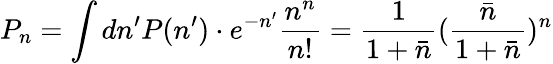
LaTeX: P_{n}=\int dn^{\prime}P(n^{\prime})\cdot e^{-n^{\prime}}\frac{n^{n}}{n!}=\frac{1}{1+\bar{n}}(\frac{\bar{n}}{1+\bar{n}})^{n}